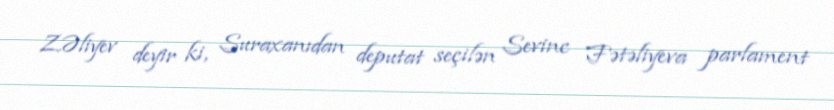
Z.Əliyev deyir ki, Suraxanıdan deputat seçilən Sevinc Fətəliyeva parlament